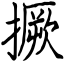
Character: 撅